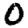
Digit: 0